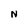
Character: N